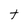
Character: t